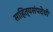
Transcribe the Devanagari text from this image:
साहित्यसंपदेची